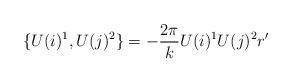
LaTeX: \begin{align*}\{U(i)^{1}, U(j)^{2}\}=-\frac{2\pi}{k} U(i)^{1} U(j)^{2}r'\end{align*}